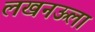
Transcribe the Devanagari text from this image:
लखनऊला